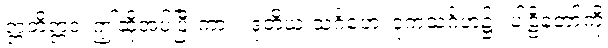
ဣတိဣဒံ၊ ဤဆိုအပ်ပြီးကား။ ဒုတိယ သင်္ဂဟေ၊ ဒုကသင်္ဂဟ၌။ ပါဠိတော်ကို